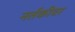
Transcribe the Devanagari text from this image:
नर्तकीवर